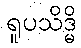
ရူပသိဒ္ဓိ